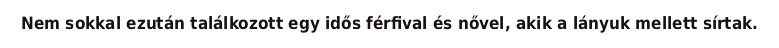
Nem sokkal ezután találkozott egy idős férfival és nővel, akik a lányuk mellett sírtak.